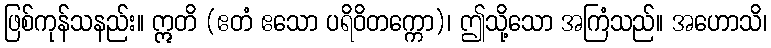
ဖြစ်ကုန်သနည်း။ ဣတိ (ဧတံ ဧသော ပရိဝိတက္ကော)၊ ဤသို့သော အကြံသည်။ အဟောသိ၊